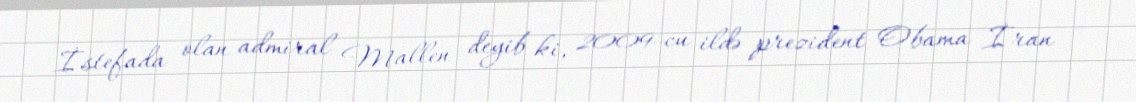
İstefada olan admiral Mallen deyib ki, 2009-cu ildə prezident Obama İran